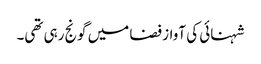
شہنائی کی آواز فضا میں گونج رہی تھی۔